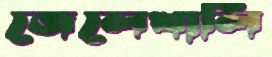
জেলেখালি